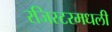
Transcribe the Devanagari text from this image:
रजिस्‍टरमधली